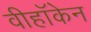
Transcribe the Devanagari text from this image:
वीहॉकेन